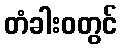
တံခါးဝတွင်